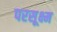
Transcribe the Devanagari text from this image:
परसूक्ष्म